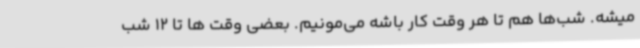
میشه. شب‌ها هم تا هر وقت کار باشه می‌مونیم. بعضی وقت ها تا 12 شب